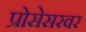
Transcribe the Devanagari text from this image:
प्रोसेसरवर